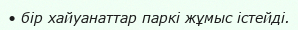
• бір хайуанаттар паркі жұмыс істейді.